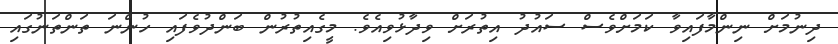
ދިނުމަށް ނިންމާފައިވާ ކަމަށްވެސް ސައުދު އިތުރަށް ވިދާޅުވިއެވެ. މީގެއިތުރުން ބަންދުވެފައި ހުންނަ ތަންތަނުގައި